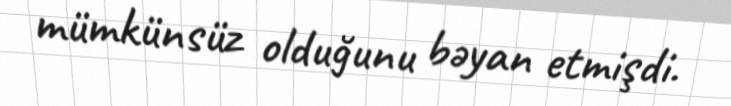
mümkünsüz olduğunu bəyan etmişdi.